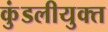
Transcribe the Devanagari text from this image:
कुंडलीयुक्त